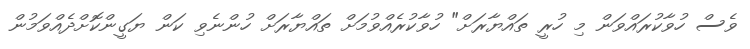
ވެސް ހުވާކުރައްވަން މި ހުރީ ތައްޔާރަށް" ހުވާކުރެއްވުމަށް ތައްޔާރަށް ހުންނެވި ކަން ޔަގީންކޮށްދެއްވަމުން